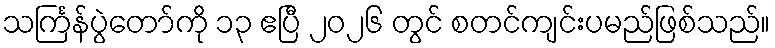
သင်္ကြန်ပွဲတော်ကို ၁၃ ဧပြီ ၂၀၂၆ တွင် စတင်ကျင်းပမည်ဖြစ်သည်။